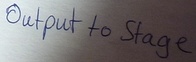
Text: Output to Stage